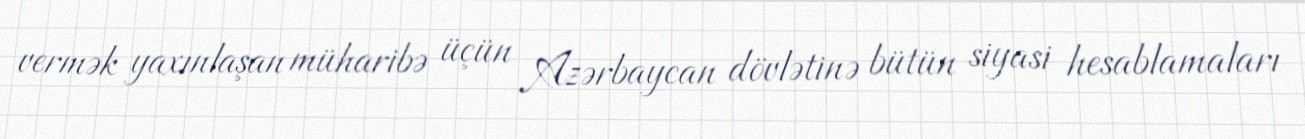
vermək yaxınlaşan müharibə üçün Azərbaycan dövlətinə bütün siyasi hesablamaları